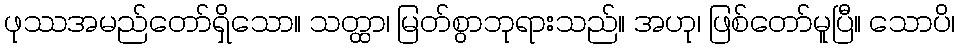
ဖုဿအမည်တော်ရှိသော။ သတ္ထာ၊ မြတ်စွာဘုရားသည်။ အဟု၊ ဖြစ်တော်မူပြီ။ သောပိ၊